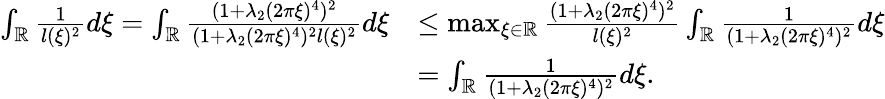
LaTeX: \begin{array}{rl}{\int_{\mathbb{R}}\frac{1}{l(\xi)^{2}}d\xi=\int_{\mathbb{R}}\frac{(1+\lambda_{2}(2\pi\xi)^{4})^{2}}{(1+\lambda_{2}(2\pi\xi)^{4})^{2}l(\xi)^{2}}d\xi}&{\leq\operatorname*{max}_{\xi\in\mathbb{R}}\frac{(1+\lambda_{2}(2\pi\xi)^{4})^{2}}{l(\xi)^{2}}\int_{\mathbb{R}}\frac{1}{(1+\lambda_{2}(2\pi\xi)^{4})^{2}}d\xi}\\ &{=\int_{\mathbb{R}}\frac{1}{(1+\lambda_{2}(2\pi\xi)^{4})^{2}}d\xi.}\end{array}